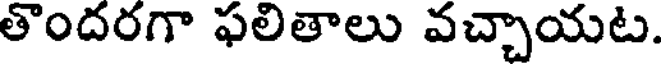
తొందరగా ఫలితాలు వచ్చాయట.